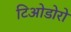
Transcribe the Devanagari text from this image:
टिओडोरो